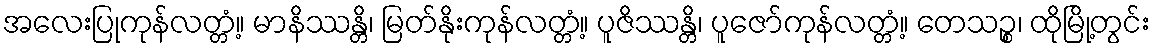
အလေးပြုကုန်လတ္တံ့။ မာနိဿန္တိ၊ မြတ်နိုးကုန်လတ္တံ့။ ပူဇိဿန္တိ၊ ပူဇော်ကုန်လတ္တံ့။ တေသဉ္စ၊ ထိုမြို့တွင်း